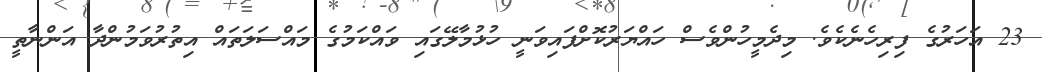
23 އަހަރުގެ ފިރިހެނެކެވެ. މިދެމީހުންވެސް ހައްޔަރުކޮށްފައިވަނީ ހުޅުމާލޭގައި ވައްކަމުގެ މައްސަލަތައް އިތުރުވަމުންދާ އަންނާތީ